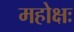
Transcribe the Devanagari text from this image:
महोक्षः